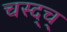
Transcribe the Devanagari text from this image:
चस्द्च्